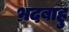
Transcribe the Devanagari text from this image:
भ्रदबाहु